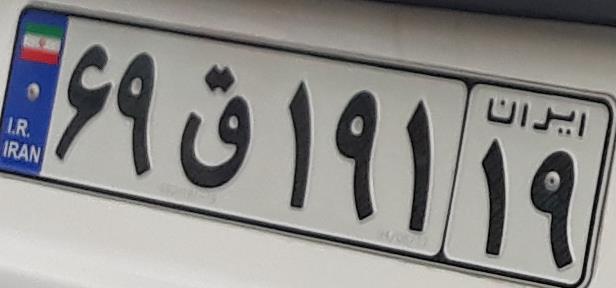
۶۹ق۱۹۱۱۹